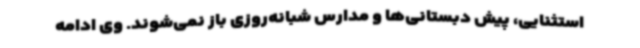
استثنایی، پیش دبستانی‌ها و مدارس شبانه‌روزی باز نمی‌شوند. وی ادامه